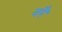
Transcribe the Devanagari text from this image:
जपैं